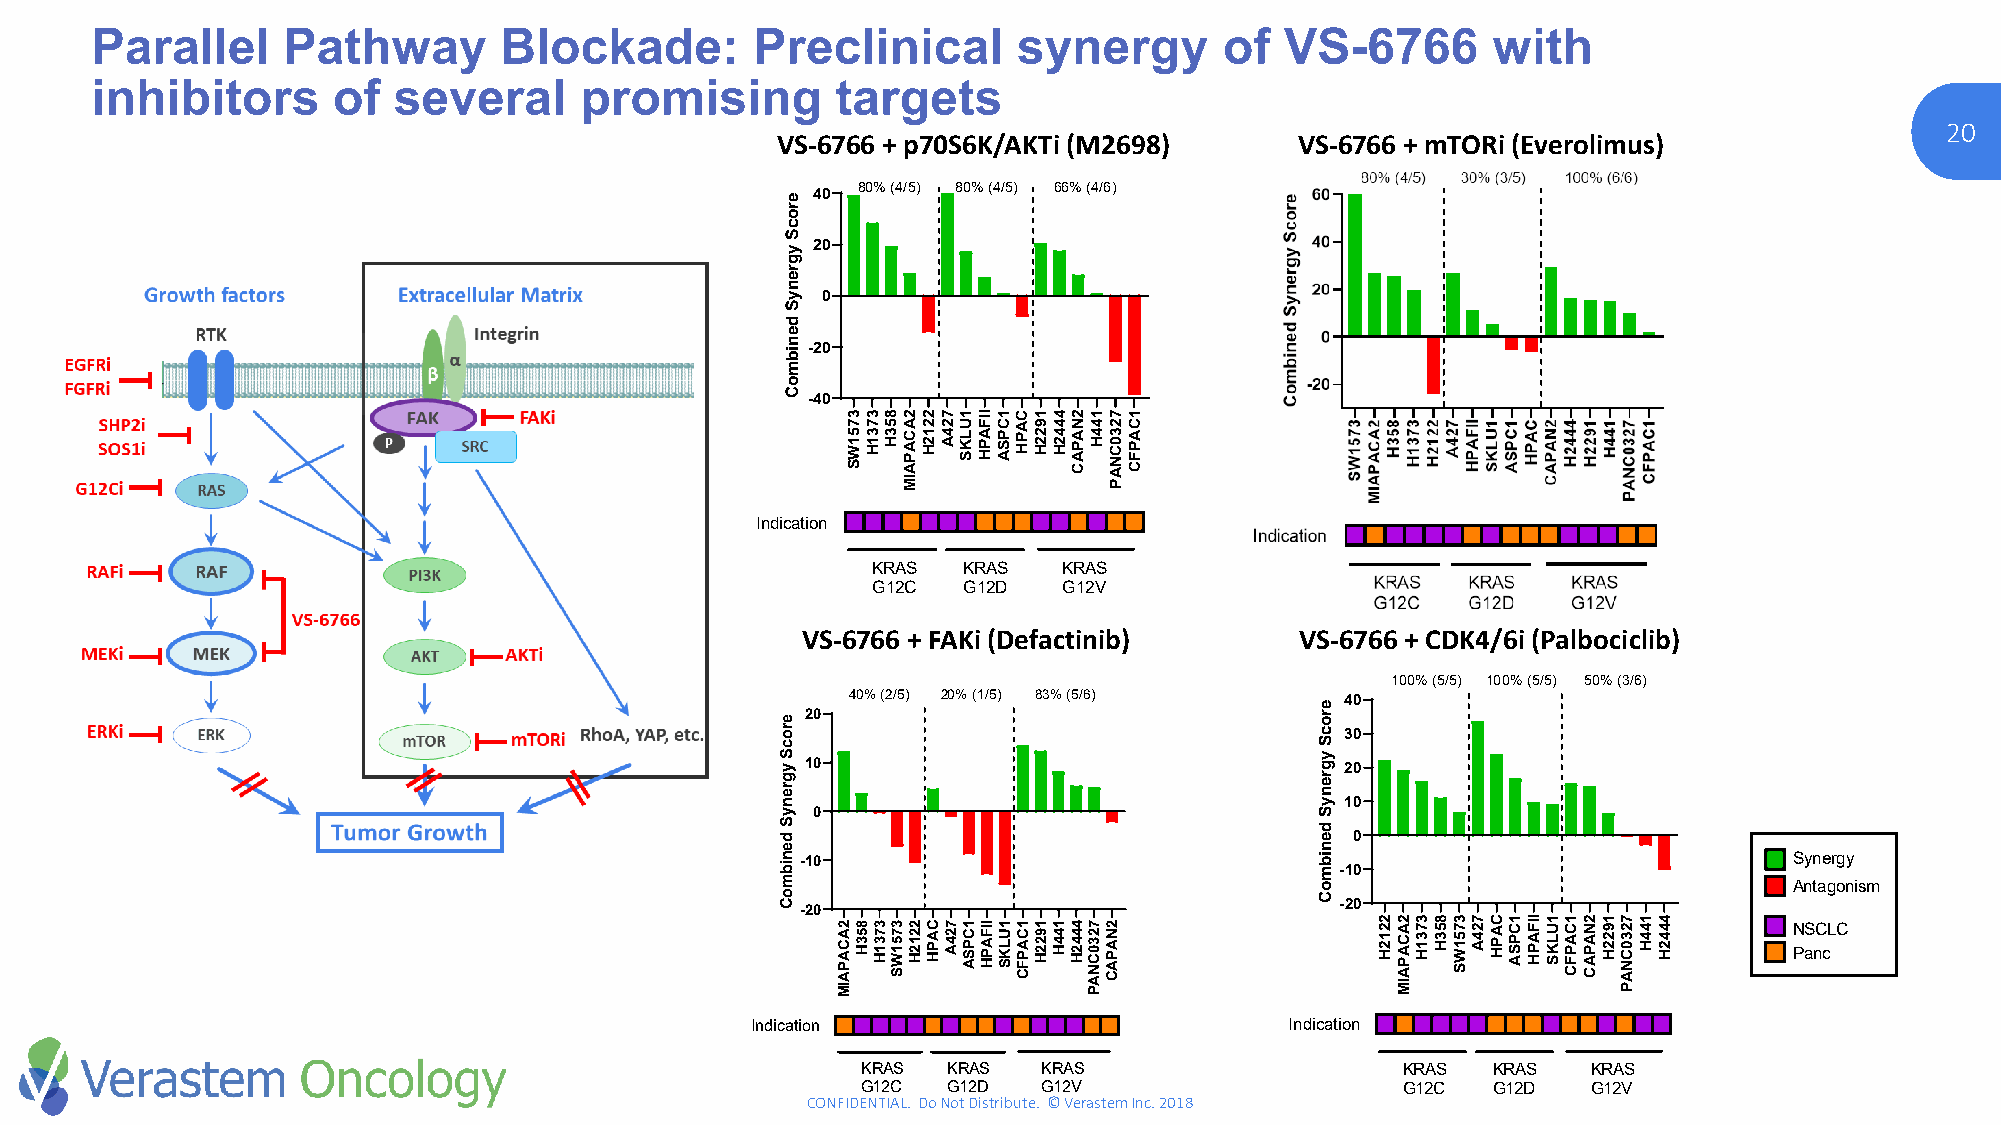
Parallel     Pathway       Blockade:        Preclinical      synergy       of  VS-6766       with
 inhibitors      of  several     promising        targets
 2200
 VS-6766 + p70S6K/AKTi (M2698)      VS-6766 + mTORi (Everolimus)
 VS-6766 + M2698
 80% (4/5) 80% (4/5) 66% (4/6)
 40
 20
 0
 -20
 -40
 Indication
 KRAS  KRAS  KRAS
 G12C  G12D  G12V
 VS-6766 + FAKi (Defactinib)      VS-6766 + VCSD-6K7466/ 6+ iP (aPlbaolcbicolcibiclib)
 VS-6766 + Defactinib
 100% (5/5) 100% (5/5) 50% (3/6)
 40% (2/5) 20% (1/5) 83% (5/6)    40
 20
 30
 10                                  20
 10
 0
 0
 -10                                                               Synergy
 -10
 Antagonism
 -20                                 -20
 NSCLC
 Panc
 Indication                         Indication
 KRAS  KRAS  KRAS                    KRAS  KRAS  KRAS
 G12C  G12D  G12V                    G12C  G12D  G12V
 CONFIDENTIAL. Do Not Distribute. © Verastem Inc. 2018
 erocS
 ygrenyS
 denibmoC
 erocS
 ygrenyS
 denibmoC
 2ACAPAIM
 3751WS
 853H
 3731H
 3731H
 853H
 3751WS
 2ACAPAIM
 2212H
 2212H
 CAPH
 724A
 724A
 1ULKS
 1CPSA
 IIFAPH
 IIFAPH
 1CPSA
 1ULKS
 CAPH
 1CAPFC
 1922H
 1922H
 4442H
 144H
 2NAPAC
 4442H
 144H
 7230CNAP
 7230CNAP
 2NAPAC
 1CAPFC
 erocS
 ygrenyS
 denibmoC
 2212H 2ACAPAIM 3731H 853H 3751WS 724A CAPH 1CPSA IIFAPH 1ULKS 1CAPFC 2NAPAC 1922H 7230CNAP 144H 4442H